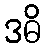
ဒဓိ